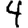
Digit: 4